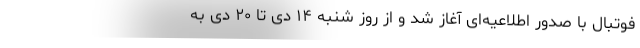
فوتبال با صدور اطلاعیه‌ای آغاز شد و از روز شنبه ۱۴ دی تا ۲۰ دی به